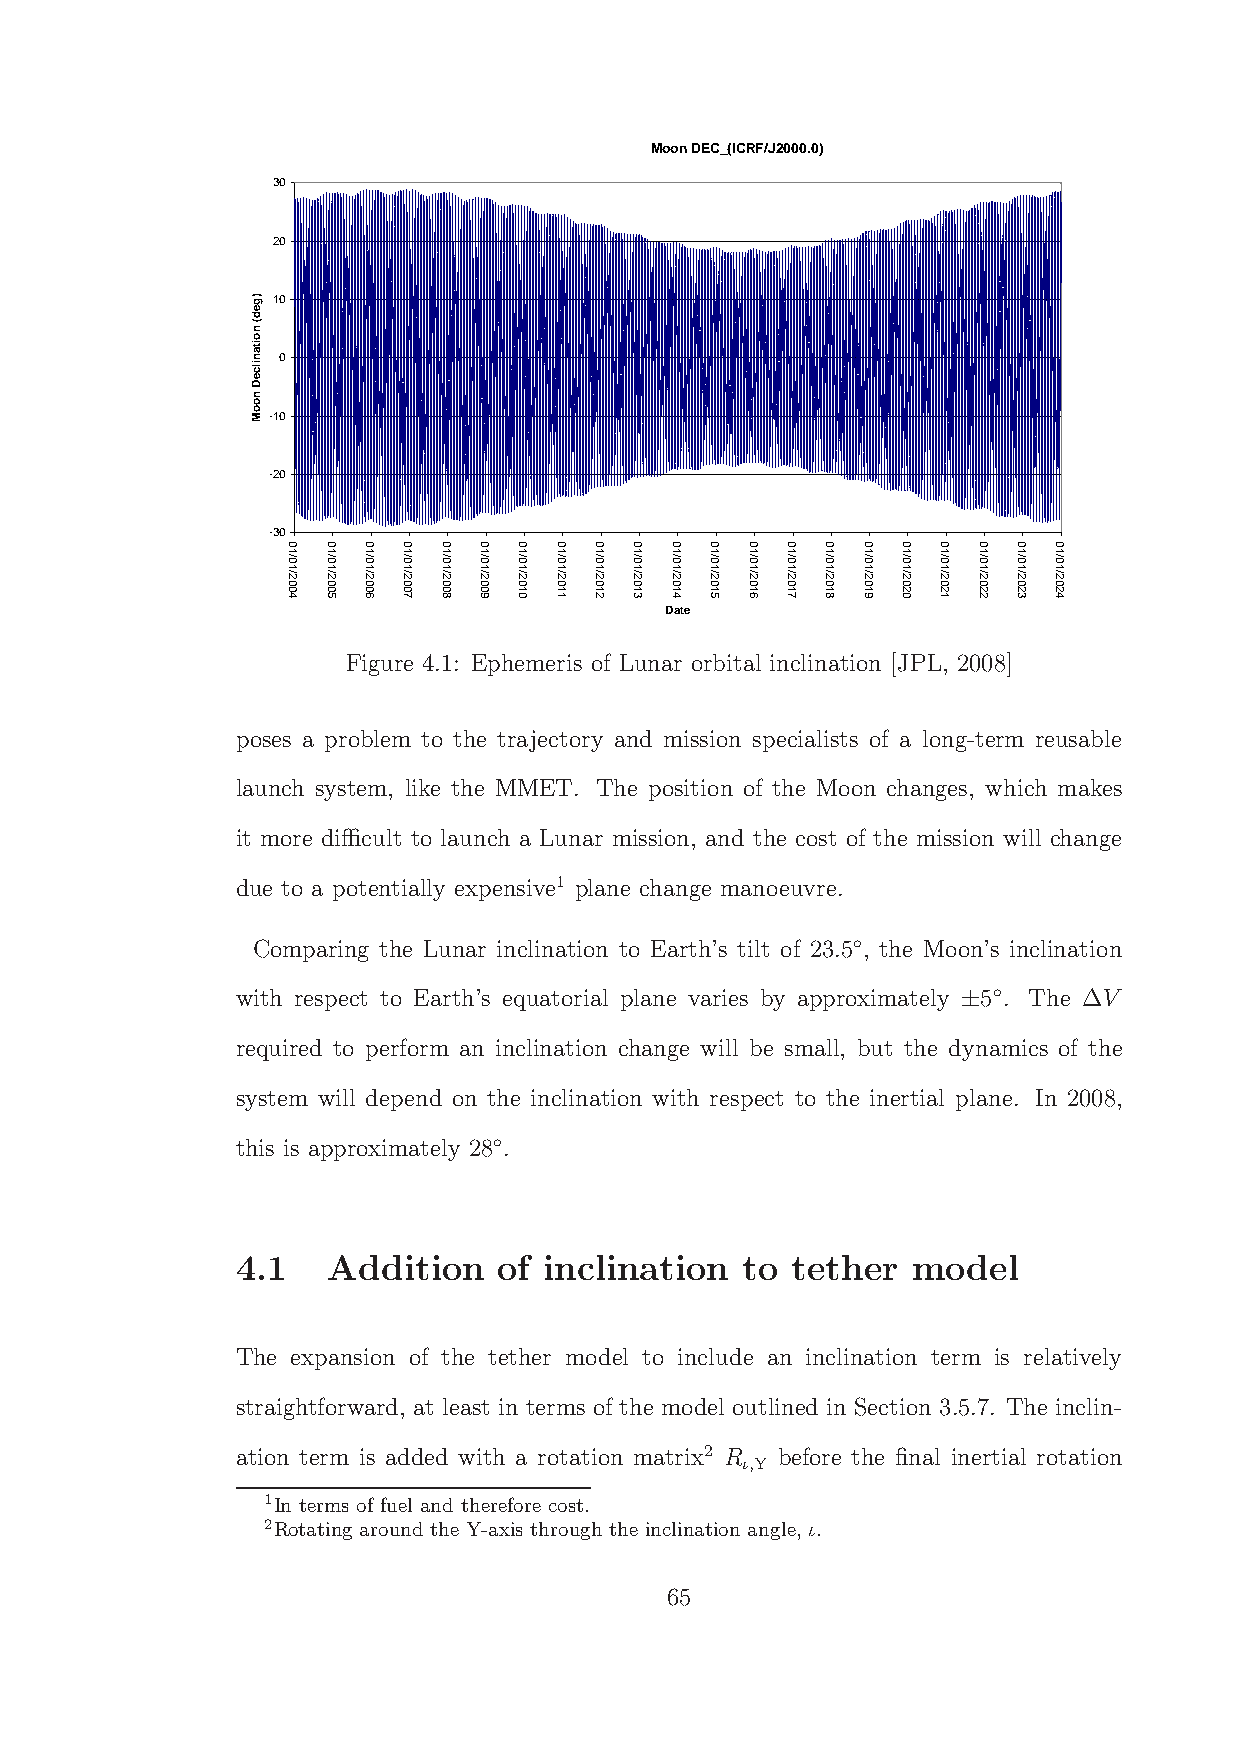
Moon DEC_(ICRF/J2000.0)
 30
 20
 10
 0
 -10
 -20
 -30
 Date
 Figure 4.1: Ephemeris of Lunar orbital inclination [JPL, 2008]
 poses a problem to the trajectory and mission specialists of a long-term reusable
 launch system, like the MMET. The position of the Moon changes, which makes
 it more difficult to launch a Lunar mission, and the cost of the mission will change
 due to a potentially expensive1 plane change manoeuvre.
 ◦
 Comparing the Lunar inclination to Earth’s tilt of 23.5 , the Moon’s inclination
 ◦
 with respect to Earth’s equatorial plane varies by approximately 5 . The ∆V
 ±
 required to perform an inclination change will be small, but the dynamics of the
 system will depend on the inclination with respect to the inertial plane. In 2008,
 ◦
 this is approximately 28 .
 4.1   Addition   of inclination  to tether  model
 The expansion of the tether model to include an inclination term is relatively
 straightforward, at least in terms of the model outlined in Section 3.5.7. The inclin-
 ation term is added with a rotation matrix2 R before the final inertial rotation
 ι,Y
 1In terms of fuel and therefore cost.
 2Rotating around the Y-axis through the inclination angle, ι.
 65
 )ged(
 noitanilceD
 nooM
 01/01/2004 01/01/2005 01/01/2006 01/01/2007 01/01/2008 01/01/2009 01/01/2010 01/01/2011 01/01/2012 01/01/2013 01/01/2014 01/01/2015 01/01/2016 01/01/2017 01/01/2018 01/01/2019 01/01/2020 01/01/2021 01/01/2022 01/01/2023 01/01/2024